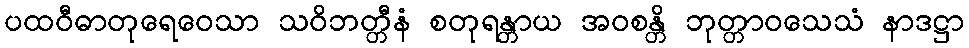
ပထဝီဓာတုရေဝေသာ သဝိဘတ္တီနံ စတုရန္တာယ အဝစန္တိ ဘုတ္တာဝသေသံ နာဒဋ္ဌာ